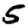
Digit: 5